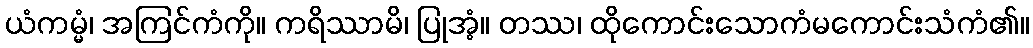
ယံကမ္မံ၊ အကြင်ကံကို။ ကရိဿာမိ၊ ပြုအံ့။ တဿ၊ ထိုကောင်းသောကံမကောင်းသံကံ၏။